Insane asylums Bombay 1873-77 - 1873-1877
Year: 1873
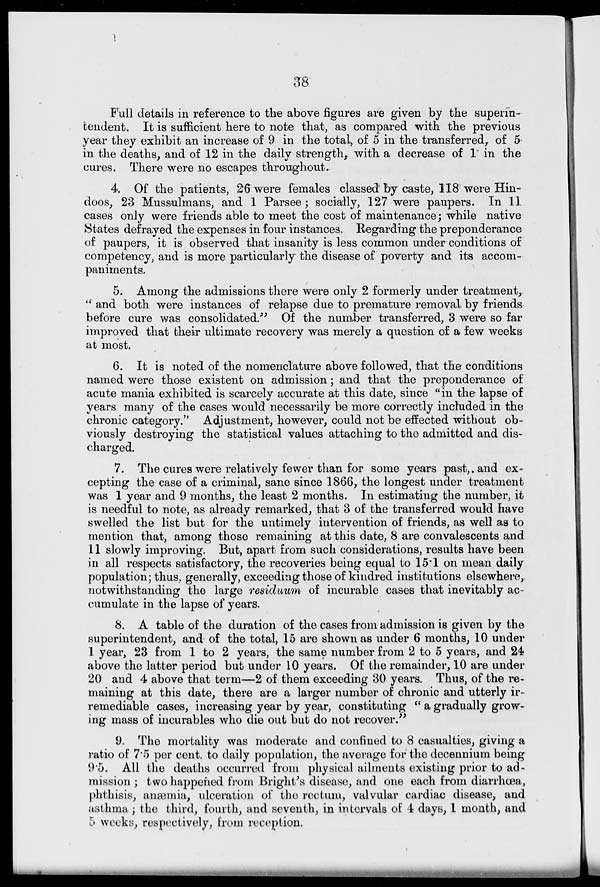
38
Full details in reference to the above figures are given by the superin-
tendent. It is sufficient here to note that, as compared with the previous
year they exhibit an increase of 9 in the total, of 5 in the transferred, of 5
in the deaths, and of 12 in the daily strength, with a decrease of 1 in the
cures. There were no escapes throughout.
4. Of the patients, 26 were females classed by caste, 118 were Hin-
doos, 23 Mussulmans, and 1 Parsee; socially, 127 were paupers. In 11
cases only were friends able to meet the cost of maintenance; while native
States defrayed the expenses in four instances. Regarding the preponderance
of paupers, it is observed that insanity is less common under conditions of
competency, and is more particularly the disease of poverty and its accom-
paniments.
5. Among the admissions there were only 2 formerly under treatment,
"and both were instances of relapse due to premature removal by friends
before cure was consolidated." Of the number transferred, 3 were so far
improved that their ultimate recovery was merely a question of a few weeks
at most.
6. It is noted of the nomenclature above followed, that the conditions
named were those existent on admission; and that the preponderance of
acute mania exhibited is scarcely accurate at this date, since "in the lapse of
years many of the cases would necessarily be more correctly included in the
chronic category." Adjustment, however, could not be effected without ob-
viously destroying the statistical values attaching to the admitted and dis-
charged.
7. The cures were relatively fewer than for some years past, and ex-
cepting the case of a criminal, sane since 1866, the longest under treatment
was 1 year and 9 months, the least 2 months. In estimating the number, it
is needful to note, as already remarked, that 3 of the transferred would have
swelled the list but for the untimely intervention of friends, as well as to
mention that, among those remaining at this date, 8 are convalescents and
11 slowly improving. But, apart from such considerations, results have been
in all respects satisfactory, the recoveries being equal to 15.1 on mean daily
population; thus, generally, exceeding those of kindred institutions elsewhere,
notwithstanding the large residuum of incurable cases that inevitably ac-
cumulate in the lapse of years.
8. A table of the duration of the cases from admission is given by the
superintendent, and of the total, 15 are shown as under 6 months, 10 under
1 year, 23 from 1 to 2 years, the same number from 2 to 5 years, and 24
above the latter period but under 10 years. Of the remainder, 10 are under
20 and 4 above that term—2 of them exceeding 30 years. Thus, of the re-
maining at this date, there are a larger number of chronic and utterly ir-
remediable cases, increasing year by year, constituting "a gradually grow-
ing mass of incurables who die out but do not recover."
9. The mortality was moderate and confined to 8 casualties, giving a
ratio of 7.5 per cent. to daily population, the average for the decennium being
9.5. All the deaths occurred from physical ailments existing prior to ad-
mission; two happened from Bright's disease, and one each from diarrhœa,
phthisis, anæmia, ulceration of the rectum, valvular cardiac disease, and
asthma; the third, fourth, and seventh, in intervals of 4 days, 1 month, and
5 weeks, respectively, from reception.